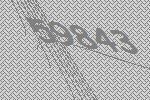
59843